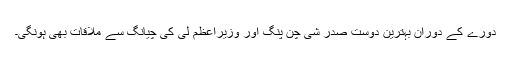
دورے کے دوران بہترین دوست صدر شی چن پنگ اور وزیراعظم لی کی چیانگ سے ملاقات بھی ہونگی۔